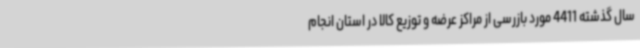
سال گذشته 4411 مورد بازرسی از مراکز عرضه و توزیع کالا در استان انجام